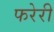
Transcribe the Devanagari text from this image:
फरेरी